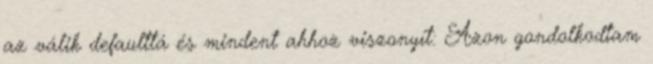
az válik defaulttá és mindent ahhoz viszonyít: Azon gondolkodtam